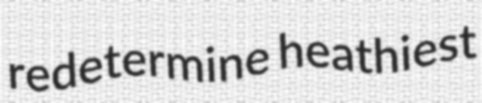
redetermine heathiest